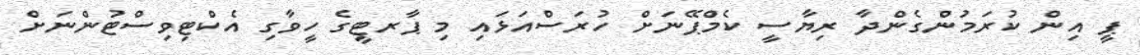
ޕީ އިން ކުރަމުންގެންދާ ރިޔާސީ ކެމްޕޭނަށް ހުރަސްއަޅައި މި ޕާރޓީގެ ހީވާގި އެކްޓިވިސްޓުންނަށް